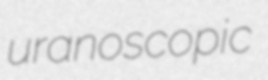
uranoscopic